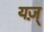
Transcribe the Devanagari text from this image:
यज़्